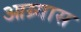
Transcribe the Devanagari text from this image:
आग्र्यास